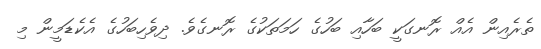
ތެރެއިން އެއް ރޮނގަކީ ބަހާއި ބަހުގެ ހަމަތަކުގެ ރޮނގެވެ. ދިވެހިބަހުގެ އެކެޑަމީން މި